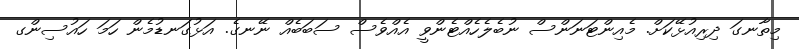
މިތާނގަ ދިރިއުޅޭކަށް. މެއިންޓަނަންސް ނުބެލެހެއްޓެންވީ އެއްވެސް ސަބަބެއް ނޭނގެ. އަޅުގަނޑުމެން ހަމަ ހައުސިންގ